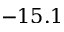
- 1 5 . 1